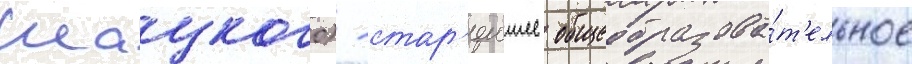
Шацкого) - стар'еишее общеобразова́т'ельное